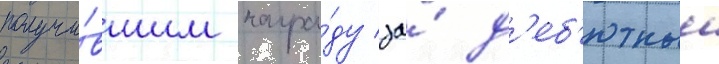
получи́вшим награ́ду за́ д'еб'ютныи